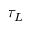
\tau _ { L }